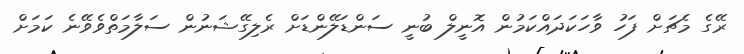
ރޭގެ މެޗަށް ފަހު ވާހަކަދައްކަމުން އޮނީލް ބުނީ ސަންޑަލޭންޑަށް ރެލިގޭޝަނުން ސަލާމަތްވެވޭނެ ކަމަށް